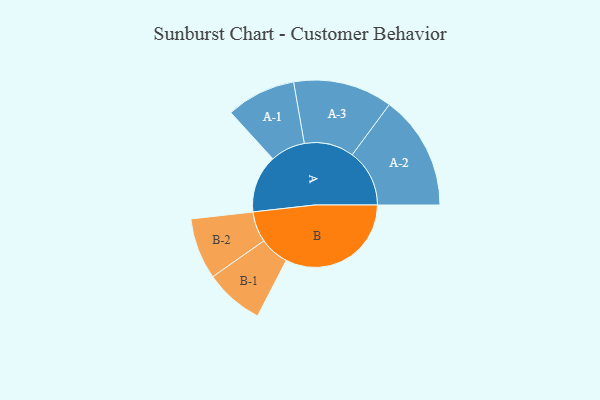
{"axis": {"x": "Segment", "y": "Value"}, "legend": ["", "A", "B"], "data": [{"x": "A", "y": 198, "type": ""}, {"x": "B", "y": 430, "type": ""}, {"x": "A-1", "y": 119, "type": "A"}, {"x": "A-2", "y": 196, "type": "A"}, {"x": "A-3", "y": 170, "type": "A"}, {"x": "B-1", "y": 101, "type": "B"}, {"x": "B-2", "y": 105, "type": "B"}]}